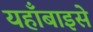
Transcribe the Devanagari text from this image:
यहाँबाइसे